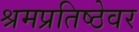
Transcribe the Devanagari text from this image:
श्रमप्रतिष्ठेवर